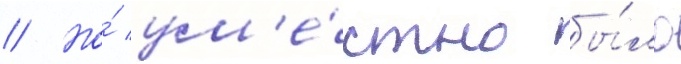
// Но́ ум'е́стно бы́ло